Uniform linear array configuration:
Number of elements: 32
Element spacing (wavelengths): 0.25
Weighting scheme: hamming
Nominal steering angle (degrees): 60
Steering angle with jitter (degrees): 58.207
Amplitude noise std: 0.05
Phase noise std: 0.05

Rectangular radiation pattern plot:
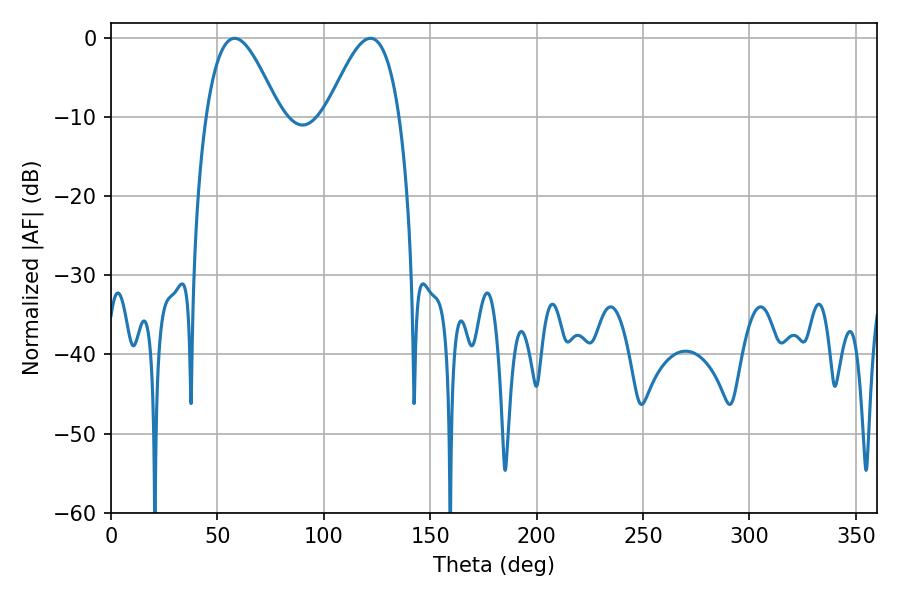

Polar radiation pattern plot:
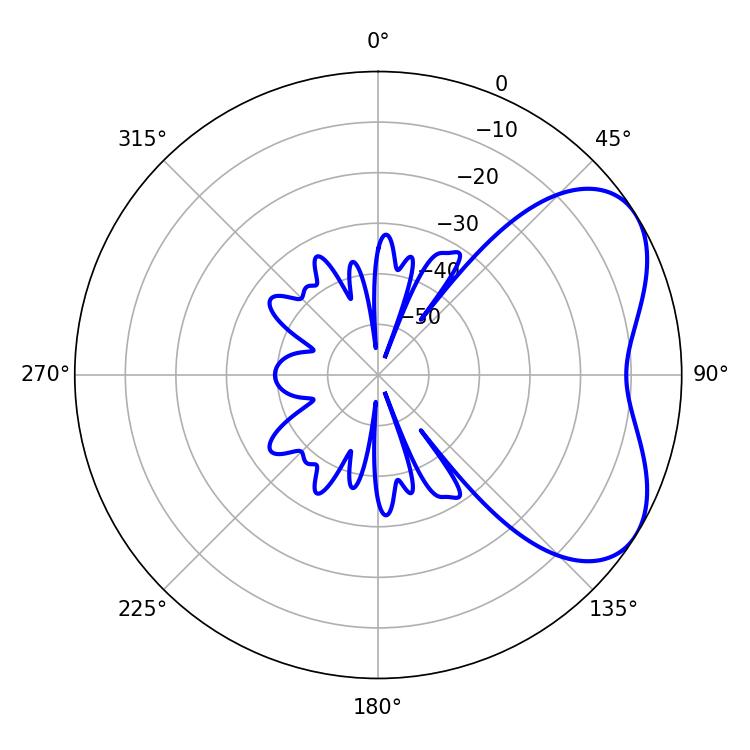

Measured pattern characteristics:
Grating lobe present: FALSE
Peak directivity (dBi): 5.015
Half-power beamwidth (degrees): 18.54
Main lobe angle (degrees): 58.14